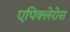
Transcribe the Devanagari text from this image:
एपिक्लेरोस